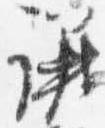
議